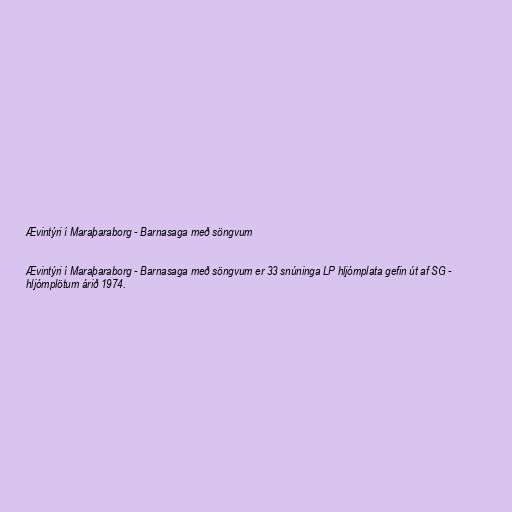
Ævintýri í Maraþaraborg - Barnasaga með söngvum

Ævintýri í Maraþaraborg - Barnasaga með söngvum er 33 snúninga LP hljómplata gefin út af SG -
hljómplötum árið 1974.